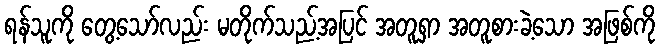
ရန်သူကို တွေ့သော်လည်း မတိုက်သည့်အပြင် အတူရှာ အတူစားခဲ့သော အဖြစ်ကို